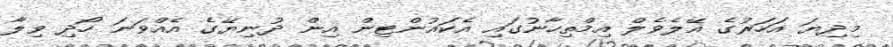
މިދިޔަ އަހަރުގެ އޭލެވެލް އިމްތިހާނުގައި އެކައުންޓިން އިން ދުނިޔޭގެ އެއްވަނަ ހޯދި ވިލާ